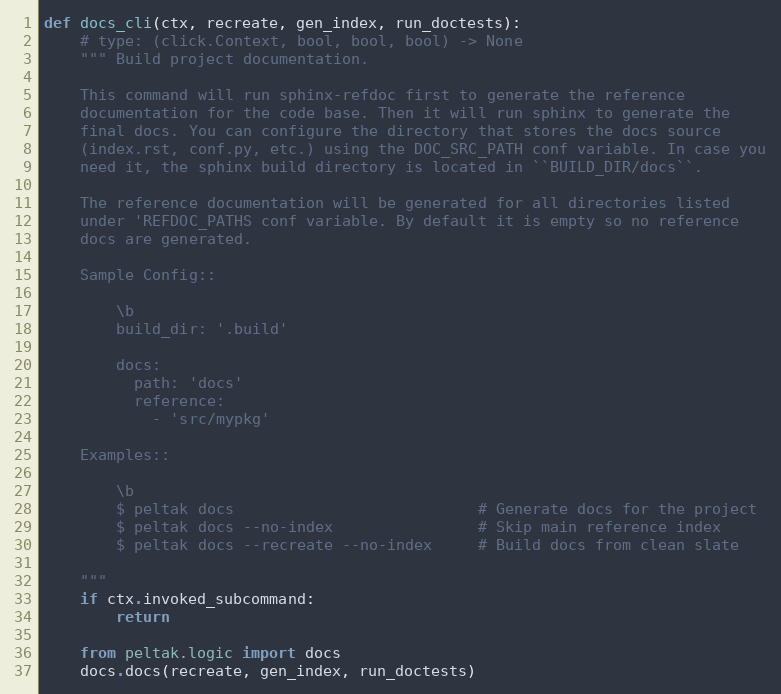
Language: Python
def docs_cli(ctx, recreate, gen_index, run_doctests):
    # type: (click.Context, bool, bool, bool) -> None
    """ Build project documentation.

    This command will run sphinx-refdoc first to generate the reference
    documentation for the code base. Then it will run sphinx to generate the
    final docs. You can configure the directory that stores the docs source
    (index.rst, conf.py, etc.) using the DOC_SRC_PATH conf variable. In case you
    need it, the sphinx build directory is located in ``BUILD_DIR/docs``.

    The reference documentation will be generated for all directories listed
    under 'REFDOC_PATHS conf variable. By default it is empty so no reference
    docs are generated.

    Sample Config::

        \b
        build_dir: '.build'

        docs:
          path: 'docs'
          reference:
            - 'src/mypkg'

    Examples::

        \b
        $ peltak docs                           # Generate docs for the project
        $ peltak docs --no-index                # Skip main reference index
        $ peltak docs --recreate --no-index     # Build docs from clean slate

    """
    if ctx.invoked_subcommand:
        return

    from peltak.logic import docs
    docs.docs(recreate, gen_index, run_doctests)